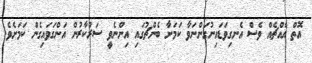
އޮތް އެއްޗެއް ވެސް އެނގިވަޑައިނުގަންނަވާ ކަމަށާ ބެންޗުގައި އިންނެވީ ސަރުކާރުން އަންގަވައިގެން ކަަމަށެވެ.